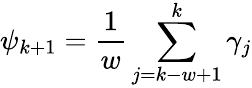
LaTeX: \displaystyle{\psi_{k+1}=\frac{1}{w}\sum_{j=k-w+1}^{k}\gamma_{j}}